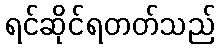
ရင်ဆိုင်ရတတ်သည်